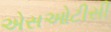
એસઓટીસી